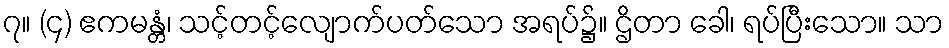
၇။ (၄) ဧကမန္တံ၊ သင့်တင့်လျောက်ပတ်သော အရပ်၌။ ဌိတာ ခေါ၊ ရပ်ပြီးသော။ သာ